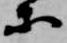
等